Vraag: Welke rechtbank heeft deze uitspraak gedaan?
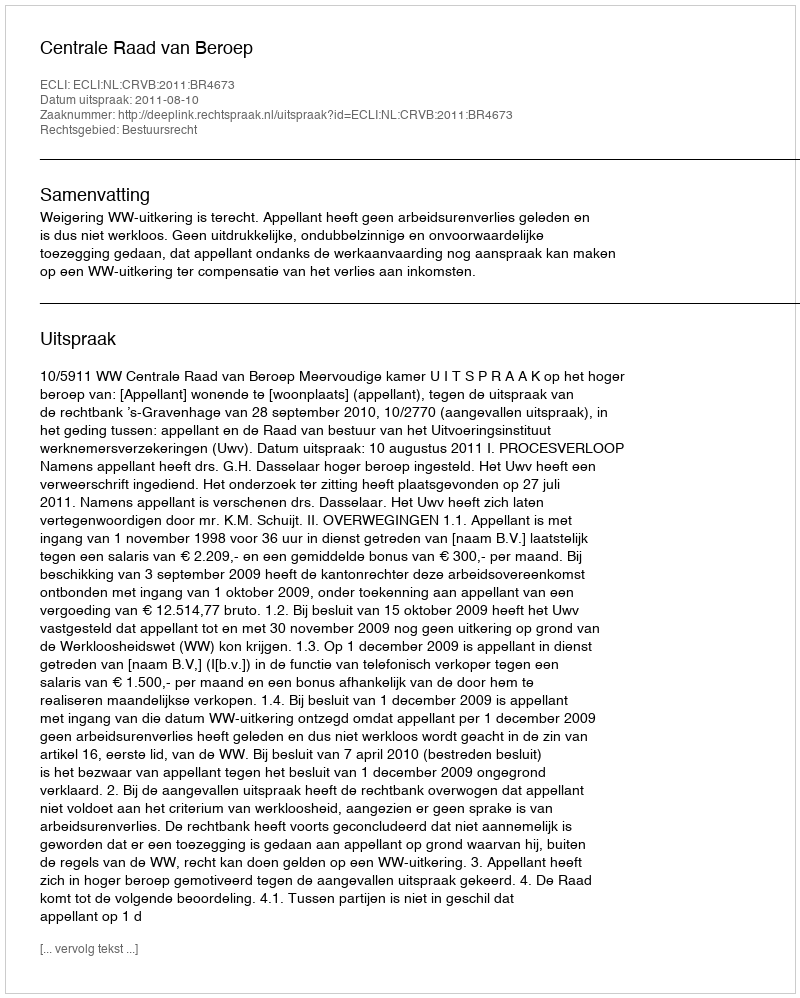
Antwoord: Centrale Raad van Beroep